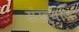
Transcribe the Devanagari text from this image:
संख्याज